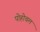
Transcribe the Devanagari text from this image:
पोहोचल